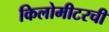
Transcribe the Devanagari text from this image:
किलोमीटरची